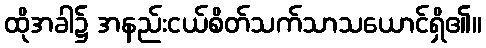
ထိုအခါ၌ အနည်းငယ်စိတ်သက်သာသယောင်ရှိ၏။